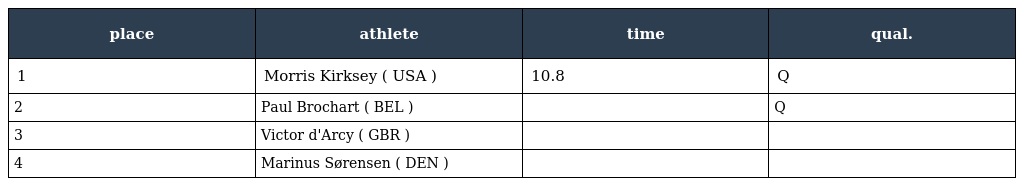
| place | athlete | time | qual. |
 | --- | --- | --- | --- |
 | 1 | Morris Kirksey ( USA ) | 10.8 | Q |
 | 2 | Paul Brochart ( BEL ) |  | Q |
 | 3 | Victor d'Arcy ( GBR ) |  |  |
 | 4 | Marinus Sørensen ( DEN ) |  |  |